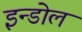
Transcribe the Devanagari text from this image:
इन्डोल